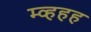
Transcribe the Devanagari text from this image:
म्व्हहह